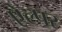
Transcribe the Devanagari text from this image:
ऐल्पर